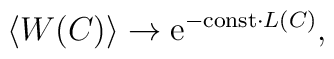
\left<W(C)\right>\to {\rm e}^{-{\rm const}\cdot L(C)},